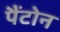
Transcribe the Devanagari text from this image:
पैंटोन